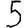
Digit: 5